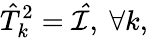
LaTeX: \hat{T}_{k}^{2}=\mathcal{\hat{I}},\ \forall k,